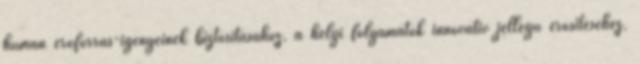
humán erõforrás-igényeinek biztosításához, a helyi folyamatok innovatív jellegû erõsítéséhez,